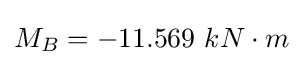
M_{B}=-11.569\ kN\cdot m